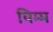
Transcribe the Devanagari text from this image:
यिम्म